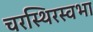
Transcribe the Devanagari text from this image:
चरस्थिरस्वभा